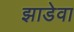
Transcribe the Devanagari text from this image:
झाडेवा